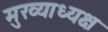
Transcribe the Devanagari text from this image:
मुख्याध्यक्ष